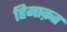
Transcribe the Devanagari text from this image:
हिमाक़त